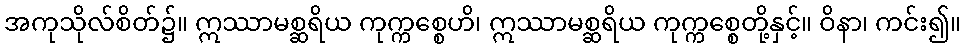
အကုသိုလ်စိတ်၌။ ဣဿာမစ္ဆရိယ ကုက္ကစ္စေဟိ၊ ဣဿာမစ္ဆရိယ ကုက္ကစ္စေတို့နှင့်။ ဝိနာ၊ ကင်း၍။